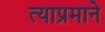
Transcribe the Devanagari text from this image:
त्याप्रमाने